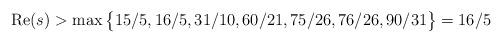
LaTeX: \begin{align*} \operatorname{Re}(s) > \max \big\{ 15/5, 16/5, 31/10, 60/21, 75/26, 76/26, 90/31 \big\} = 16/5\end{align*}